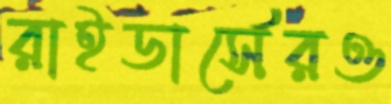
রাইডার্সেরও